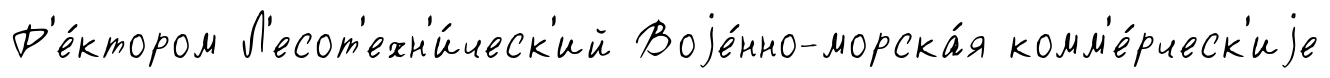
Р'е́ктором Л'есот'ехн'и́ческ'ий Воjе́нно-морска́я комм'е́рческ'иjе